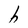
Character: h